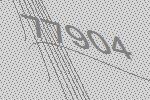
77904